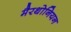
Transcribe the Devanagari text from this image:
मैरथोनियन